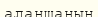
алаңщаның